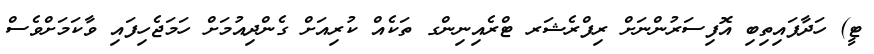
ޓީ) ހަދާފައިތިބި އޮފިސަރުންނަށް ރިފްރެޝަރ ޓްރެއިނިންގ ތަކެއް ކުރިއަށް ގެންދިއުމަށް ހަމަޖެހިފައި ވާކަމަށްވެސް